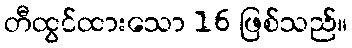
တီထွင်ထားသော 16 ဖြစ်သည်။